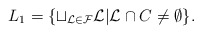
\begin{align*}L_1= \{ \sqcup_{\mathcal{L}\in \mathcal{F}}\mathcal{L} \vert \mathcal{L} \cap C \neq \emptyset \}. \end{align*}